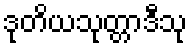
ဒုတိယသုတ္တာဒီသု